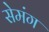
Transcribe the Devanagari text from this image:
सेमंग